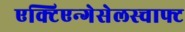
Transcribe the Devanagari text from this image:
एक्टिएन्गेसेलस्चाफ्ट